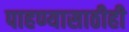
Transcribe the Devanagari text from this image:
पाहण्यासाठीही